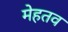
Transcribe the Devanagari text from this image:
मेहतव